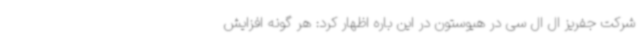
شرکت جفریز ال ال سی در هیوستون در این باره اظهار کرد: هر گونه افزایش